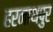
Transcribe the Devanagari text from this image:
हरनाथपुर